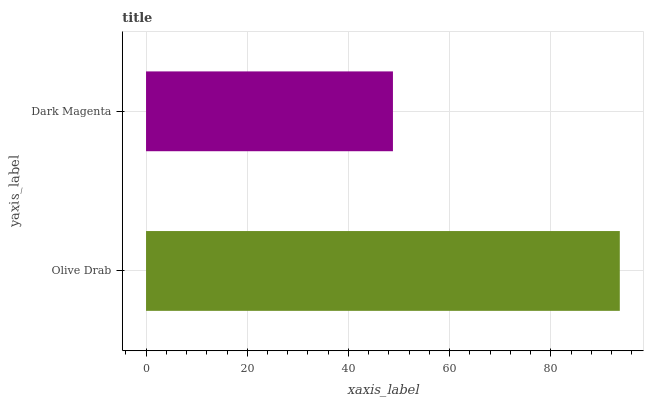
| yaxis_label | bars |
 | --- | --- |
 | Olive Drab | 93.6 |
 | Dark Magenta | 48.8 |